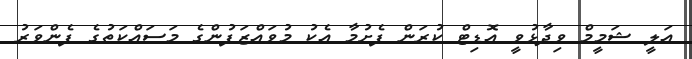
އަލީ ޝަމީމް ވިދާޅުވީ އޮޑިޓް ކުރަން ފެށުމާ އެކު މުވައްޒަފުންގެ މަސައްކަތުގެ ފެންވަރު